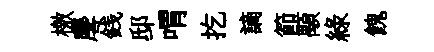
檄麐銭邸喟扢謫節顒緑餽